Vana-Antsla_vallavalitsus, lk 43
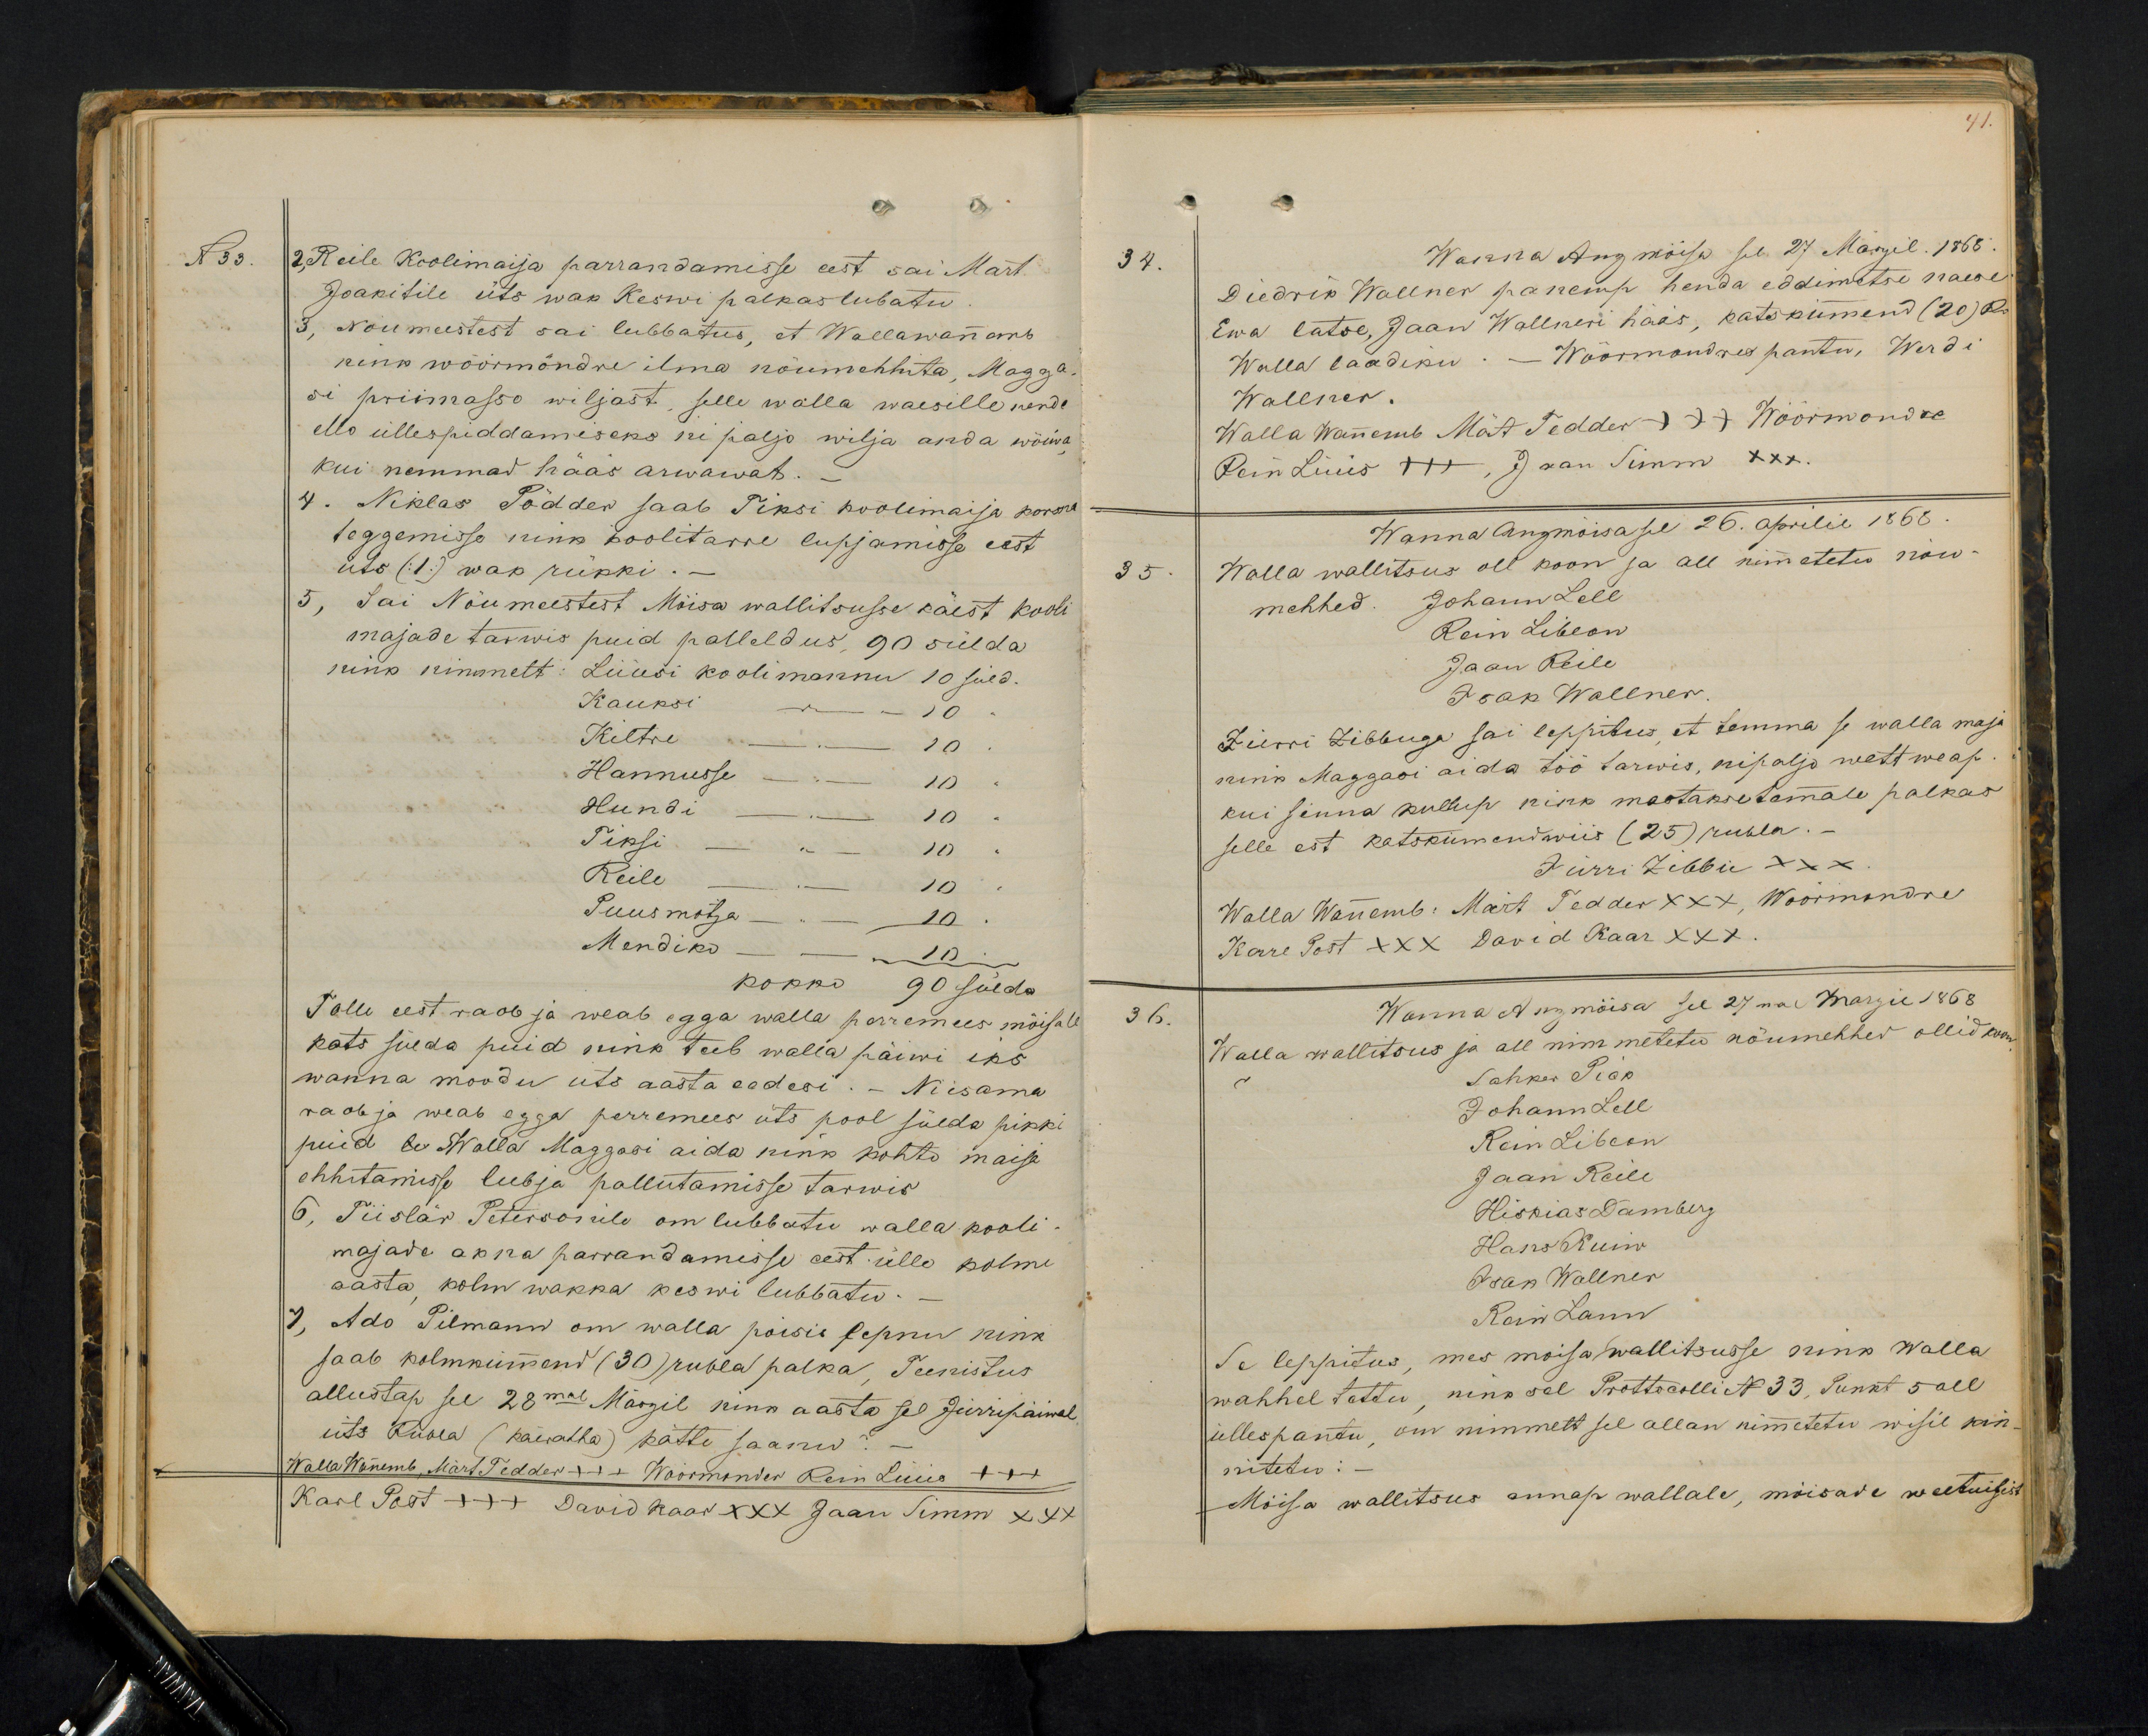
N 33.
2. Reile Koolimaija parrandamisse eest sai Mart
Joakitile üts wak Keswi palkas lubatu
3, Noumeestest sai lubbatus, et Wallawanamb
nink wöörmöndre ilma nõumehlita, Magga
si priimasso wiljast, selle walla waesille nende
ello üllespiddamiseks ni paljo wilja anda wöiwa
kui nemmad hääs arwawat.
4. Niklas Pödder saab Tiksi koolimaija korra
teggemisse nink koolitarre lupjamisse eest
üts (:1:) wak rükki. -
5, Sai Nõumeestest Moisa wallitsusse käest kooli
majade tarwis puid palleldus, 90 sülda
nink kinnnett: Lüüsi kooli mannu 10 süld.
Kauksi - 10
Kiltre - 10
Hannusse - - 10
Hundi - 10
Tiksi - " 10 "
Reile
10
Puusmõtza - - 10
Mendiko
10.
kokko 90 sülda
Tolle eest raob ja weab egga walla perremees möisa
kats sülda puid nink teeb walla päiwi iks
wanna moodu üts aasta eedesi. - Niisama
raob ja weab egga perremees üts pool sülda pikki
puid E. Walla Maggasi aida nink kohto maija
ehhitamisse lubja pallutamisse tarwis
6, Tiislär Petersonile om lubbatu walla kooli-
majade akna parrandamasse eest ülle kolme
aasta kolm wakka keswi lubbatu.
7, Ado Pilmann om walla poisis lepnu nink
saab kolmkümmend (30) rubla palka. Teenistus
allustap see 28mal Märzil nink aasta sel Jürripäiwal
üts Rubla (käerahha) kätte saanu ? -
Walla Wannemb, Märt Tedder +++ Wöörmonder Rein Lüüs +++
Karl Post +++ David Kaar XXX Jaan Simm x 47

34.
Wanna Anzmöisa sel 27 Marzil. 1868.
Diedrik Wallner panemp henda eddimetse naese
Ewa latse, Jaan Wallneri hääs, katskümend (20) R.
Walla laadiku. - Wöörmondres pantu, Werdi
Wallner.
Walla Wannemb Märt Tedder +++ Wöörmondre
Rein Lüüs xxx Jaan Simm XXX.
Wanna Ansmoisa sel 26. Aprilil 1868
35
Walla wallitsus oll koon ja all nimmetetu nöu-
mehhed. Johann Leel
Rein Libeon
Jaan Reile
Isak Wallner.
Jürri Zibbuga sai leppitus et temma se walla maja
ning Maggasi aida töö tarwis, nipalja wett weap.
kui sinna kullup nink mastakse temale palkas
selle est katskümendwiis (25) rubla.
Jürri Zibbu XXX
Walla Wannemb: Märt Tedder XXX, Wöörmandre
Kare Post XXX David Kaar XXX
36.
Wanna Anzmõisa see 27mal Marzie 1868
Walla wallitsus ja all nimmetetud nöumehhed ollid koon
Sahker Piak
Johann Lell
Rem Libeon
Jaan Reile
Hiskias Damberg
Hans Kuiw
isak Wallner
Rein Lann
Se leppitus, mes moisa wallitsusse nink walla
wahhel tettu, nink sel Protokolli N 33, Punkt 5 all
üllespantu, om nimmelt sel allan nimetetu wisil kin-
nitetud:
Mõisa wallitsus annap wallale, mõisade weetuisist